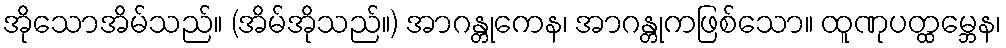
အိုသောအိမ်သည်။ (အိမ်အိုသည်။) အာဂန္တုကေန၊ အာဂန္တုကဖြစ်သော။ ထူဏုပတ္ထမ္ဘေန၊